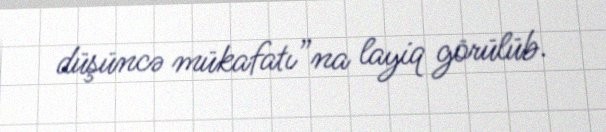
düşüncə mükafatı”na layiq görülüb.